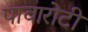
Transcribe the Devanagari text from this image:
पावारोटी